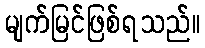
မျက်မြင်ဖြစ်ရသည်။